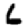
Digit: 6